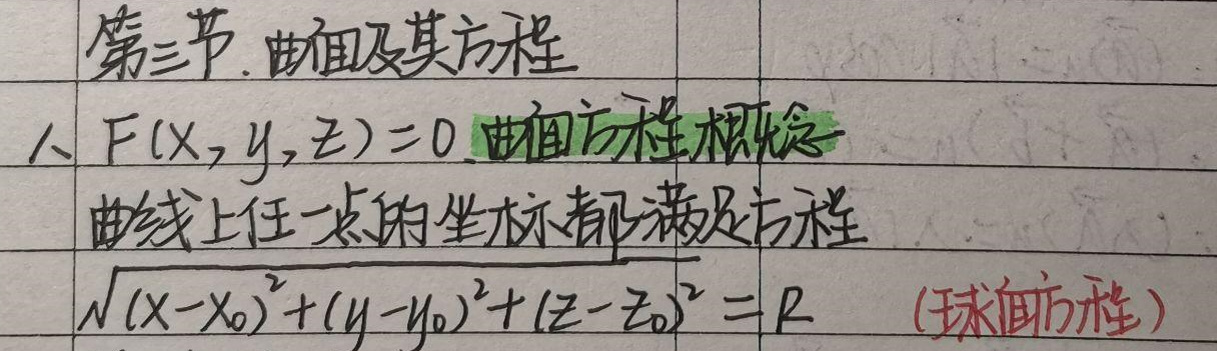
第三节. 曲面及其方程
一、\(F(x,y,z)=0 \)曲面方程概念

曲线上任一点的坐标都满足方程

\(\sqrt{(x - x_0)^2+(y - y_0)^2+(z - z_0)^2} = R \quad (\)球面方程)